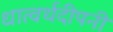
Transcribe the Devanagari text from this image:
धात्वर्थदीपनी